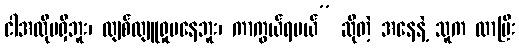
ငါအလိုမရှိဘူး၊ လျစ်လျူရှုမနေဘူး၊ ကာကွယ်ရမယ်” ဆိုတဲ့ အနေနဲ့ သူက လာပြီး